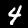
Label: 4